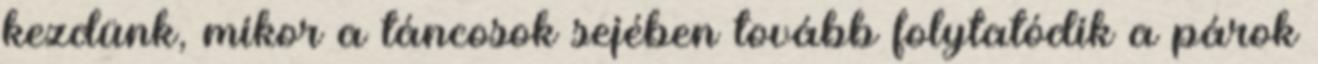
kezdünk, mikor a táncosok sejében tovább folytatódik a párok